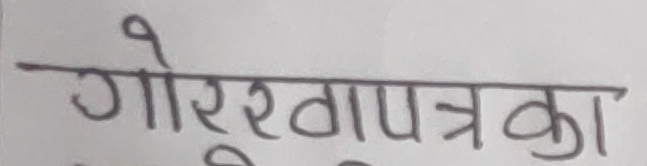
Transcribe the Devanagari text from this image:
गोरखापत्रका